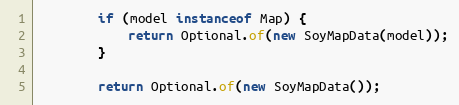
Language: Java
        if (model instanceof Map) {
            return Optional.of(new SoyMapData(model));
        }

        return Optional.of(new SoyMapData());